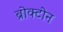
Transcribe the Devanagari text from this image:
ब्रोक्टोन